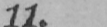
11.